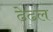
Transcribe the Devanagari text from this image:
ढेढल